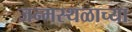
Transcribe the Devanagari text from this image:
जन्मस्थळाच्या